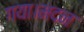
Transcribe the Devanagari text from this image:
गया।मदन